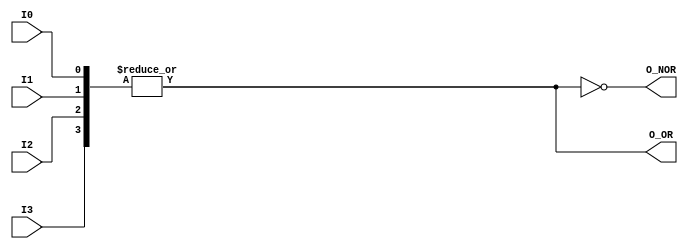

module ornor4(output wire O_OR, output wire O_NOR,
	      input wire I0, I1, I2, I3);

   assign O_OR  =  | {I0, I1, I2, I3};
   assign O_NOR = ~| {I0, I1, I2, I3};

endmodule // ornor4